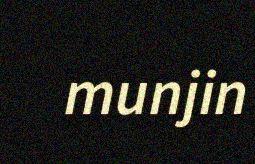
munjin